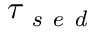
\tau _ { \textit { s e d } }